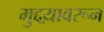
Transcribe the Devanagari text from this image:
मुद्दय़ावरून